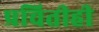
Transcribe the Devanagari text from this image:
प्रचितीही